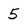
Character: 5